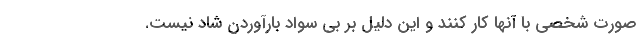
صورت شخصی با آنها کار کنند و این دلیل بر بی سواد بارآوردن شاد نیست.